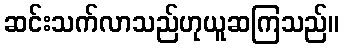
ဆင်းသက်လာသည်ဟုယူဆကြသည်။